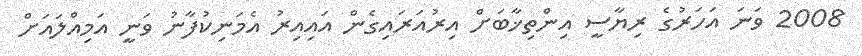
2008 ވަނަ އަހަރުގެ ރިޔާސީ އިންތިޚާބަށް އިރުއަރައިގެން އައިއިރު އެމަނިކުފާނު ވަނީ އަމިއްލައަށް